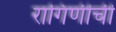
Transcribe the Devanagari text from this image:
रागिणीची